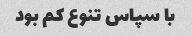
با سپاس تنوع کم بود